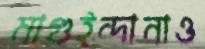
মাগুইন্দানাও